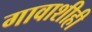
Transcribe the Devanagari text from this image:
गावाशीही